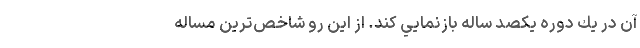
آن در يك دوره يكصد ساله بازنمايي كند. از اين‌ رو شاخص‌ترين مساله